342_HS1-416511228_319.1 Flying Discs 1949
Agency: Department of War
Incident date: 1/9/50
Page 109
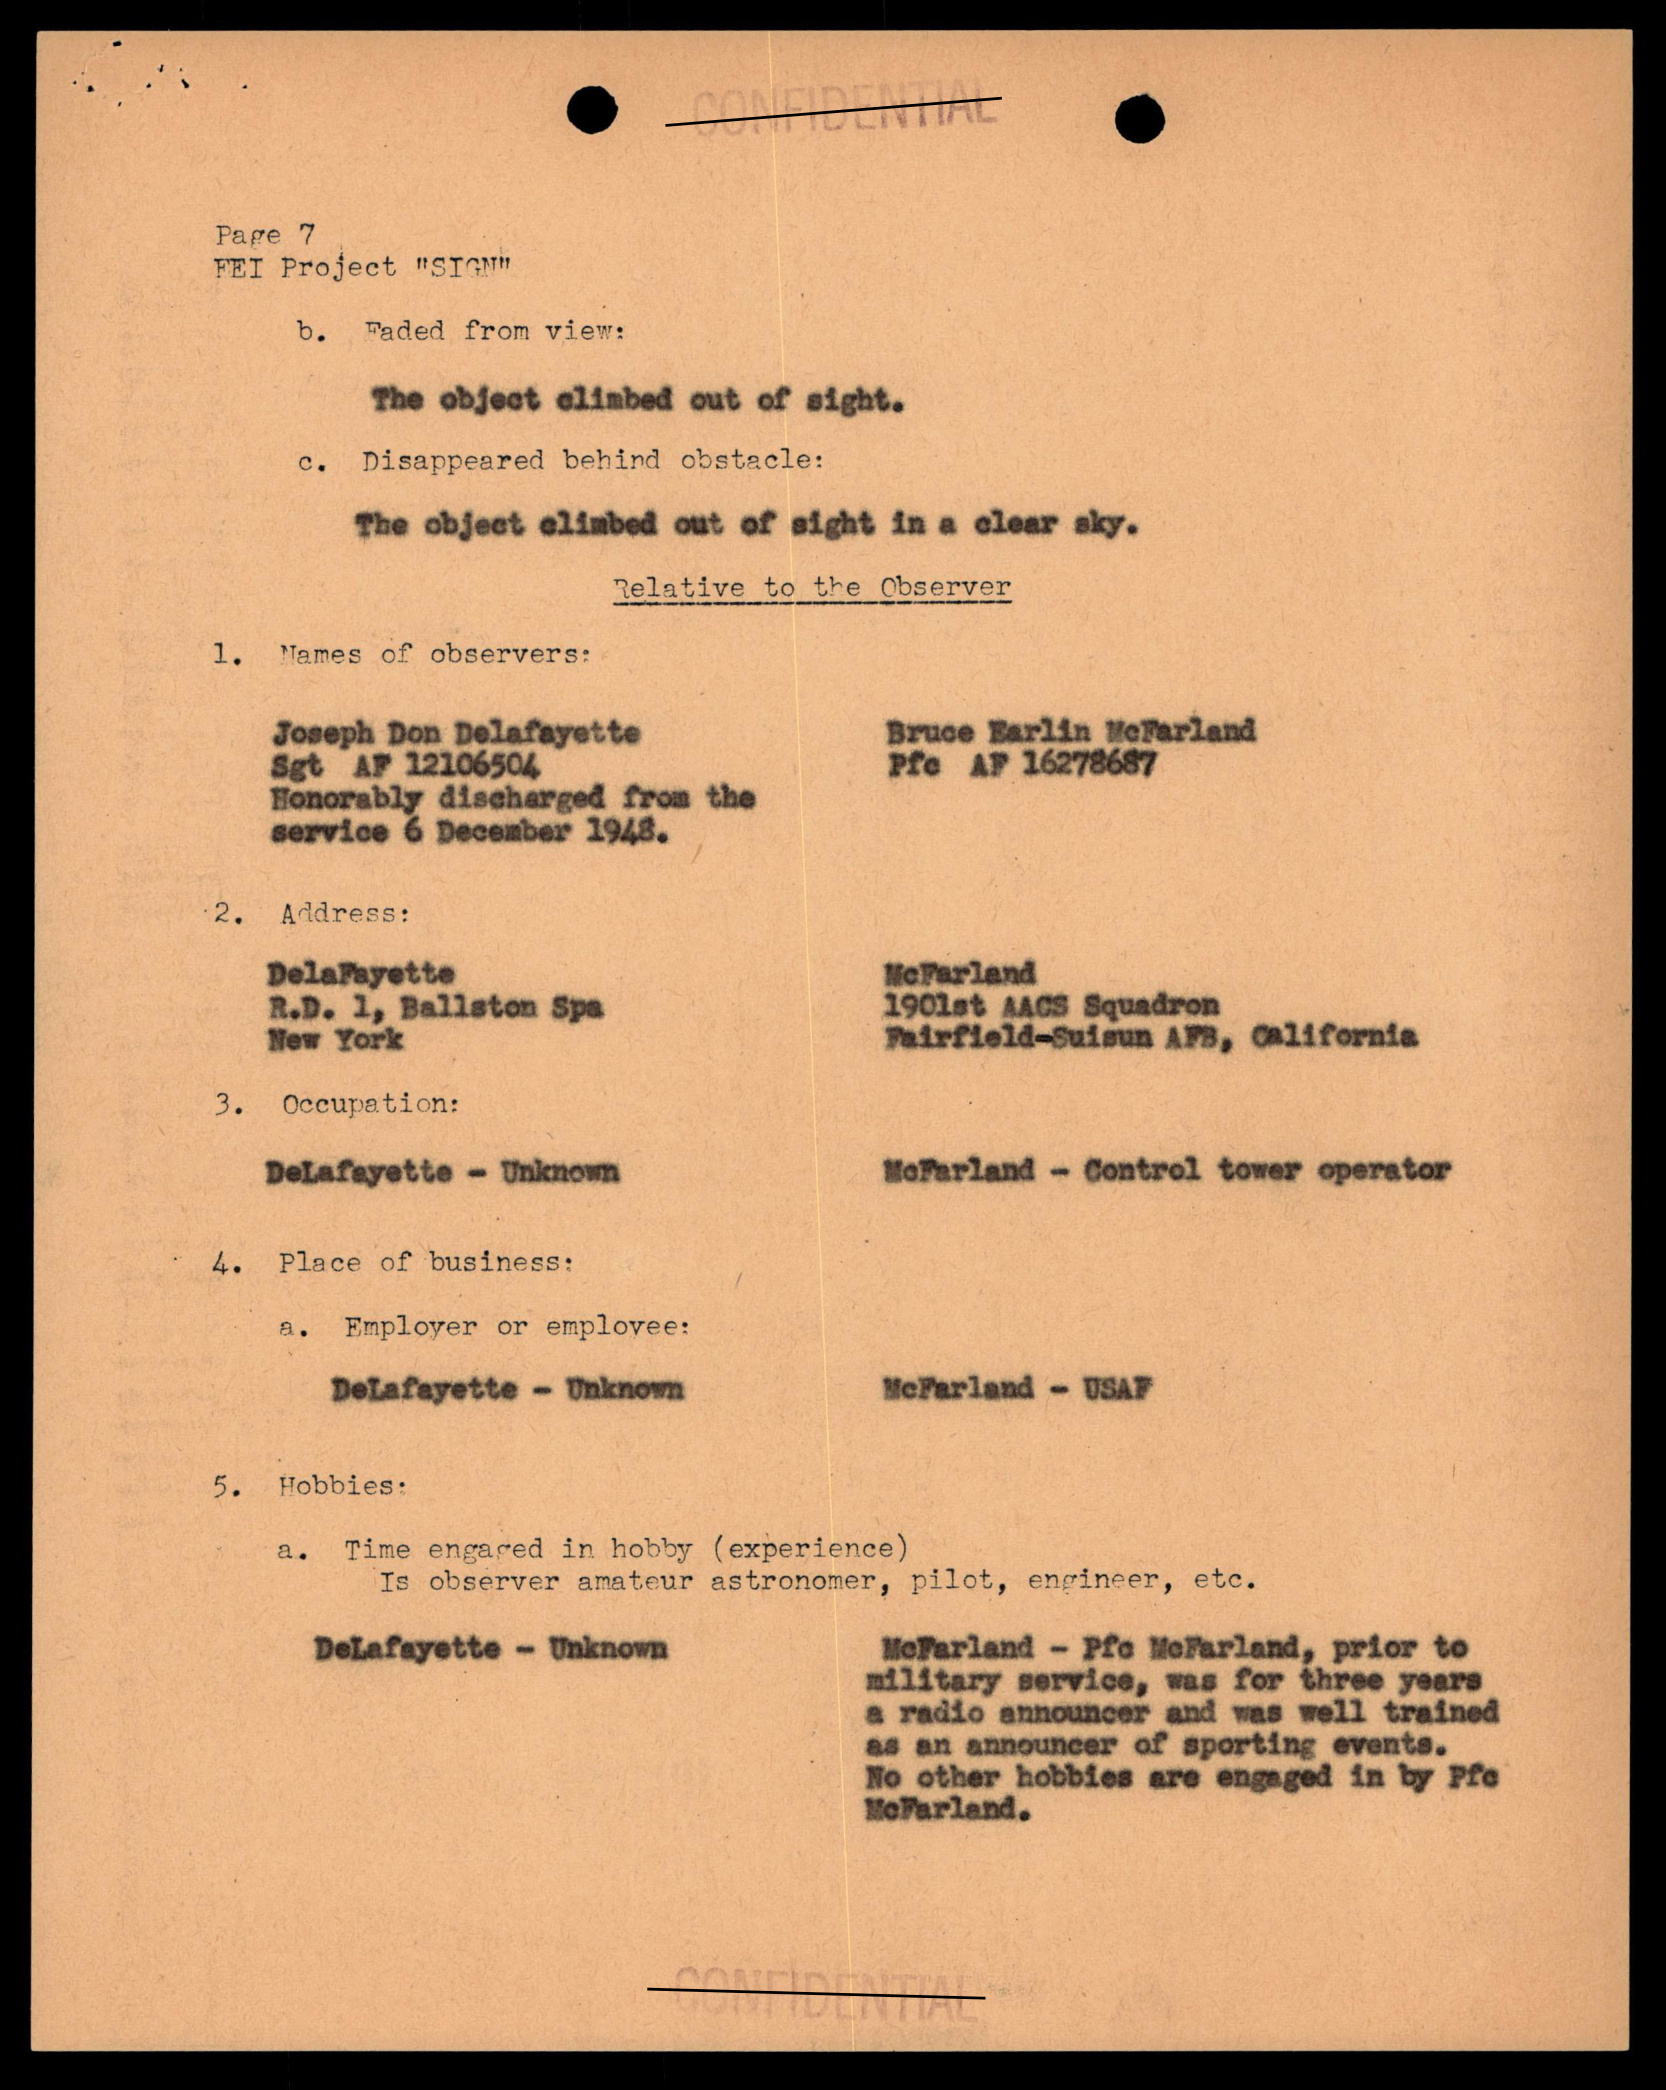